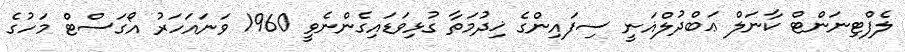
ލެފްޓިނަންޓް ކާނަލް ޢަބްދުލްޣަނީ ސިފައިންގެ ޚިދުމަތާ ގުޅިވަޑައިގެންނެވީ 1960 ވަނައަހަރު އޯގަސްޓް މަހުގެ